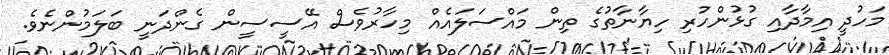
މަހުދީ އިމާދާއި ގުޅުންހުރި ހިޔާނާތުގެ ތިން މައްސަލައެއް މިހާރުވެސް އޭސީސީން ގެންދަނީ ބަލަމުންނެވެ.